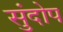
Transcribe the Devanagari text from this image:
सुंदोप